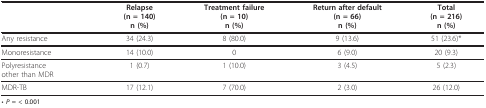
<table><thead><tr><td></td><td><b>Relapse(n = 140)n (%)</b></td><td><b>Treatment failure(n = 10)n (%)</b></td><td><b>Return after default(n = 66)n (%)</b></td><td><b>Total(n = 216)n (%)</b></td></tr></thead><tbody><tr><td>Any resistance</td><td>34 (24.3)</td><td>8 (80.0)</td><td>9 (13.6)</td><td>51 (23.6)*</td></tr><tr><td>Monoresistance</td><td>14 (10.0)</td><td>0</td><td>6 (9.0)</td><td>20 (9.3)</td></tr><tr><td>Polyresistanceother than MDR</td><td>1 (0.7)</td><td>1 (10.0)</td><td>3 (4.5)</td><td>5 (2.3)</td></tr><tr><td>MDR-TB</td><td>17 (12.1)</td><td>7 (70.0)</td><td>2 (3.0)</td><td>26 (12.0)</td></tr></tbody></table>